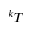
{ ^ k T }